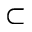
\subset